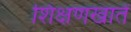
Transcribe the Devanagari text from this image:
शिक्षणखातें